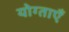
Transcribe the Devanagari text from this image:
योग्ताएँ